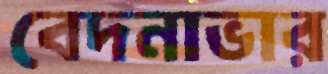
বেদনাভার